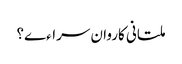
ملتانی کاروان سراءے؟